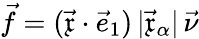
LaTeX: \vec{f}=(\vec{\mathfrak{x}}\cdot\vec{e}_{1})\, |\vec{\mathfrak{x}}_{\alpha}|\, \vec{\nu}